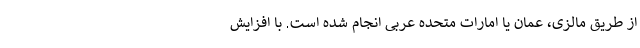
از طریق مالزی، عمان یا امارات متحده عربی انجام شده است. با افزایش